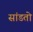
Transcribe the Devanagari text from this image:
सांडतो